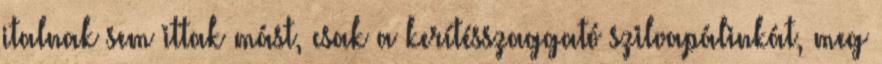
italnak sem ittak mást, csak a kerítésszaggató szilvapálinkát, meg